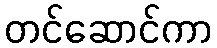
တင်ဆောင်ကာ